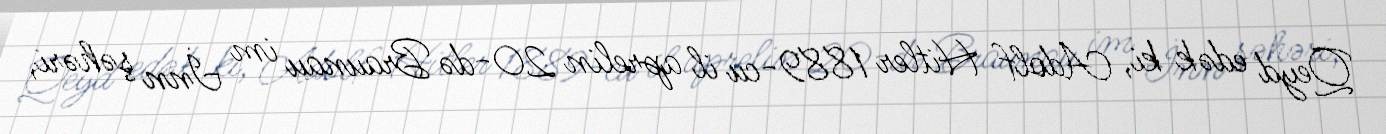
Qeyd edək ki, Adolf Hitler 1889-cu il aprelin 20-də Braunau im İnn şəhəri,